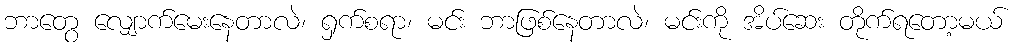
ဘာတွေ လျှောက်မေးနေတာလဲ၊ ရှက်စရာ၊ မင်း ဘာဖြစ်နေတာလဲ၊ မင်းကို အိပ်ဆေး တိုက်ရတော့မယ်